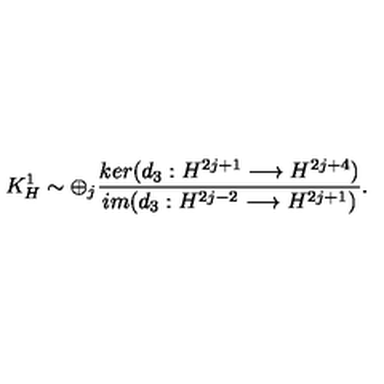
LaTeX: K _ { H } ^ { 1 } \sim \oplus _ { j } \frac { k e r ( d _ { 3 } : H ^ { 2 j + 1 } \longrightarrow H ^ { 2 j + 4 } ) } { i m ( d _ { 3 } : H ^ { 2 j - 2 } \longrightarrow H ^ { 2 j + 1 } ) } .